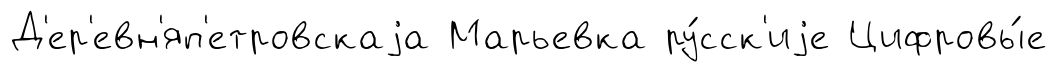
Д'ер'евн'яп'етровскаjа Марьевка ру́сск'иjе Цифровы́е